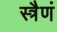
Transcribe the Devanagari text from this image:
स्त्रैणं